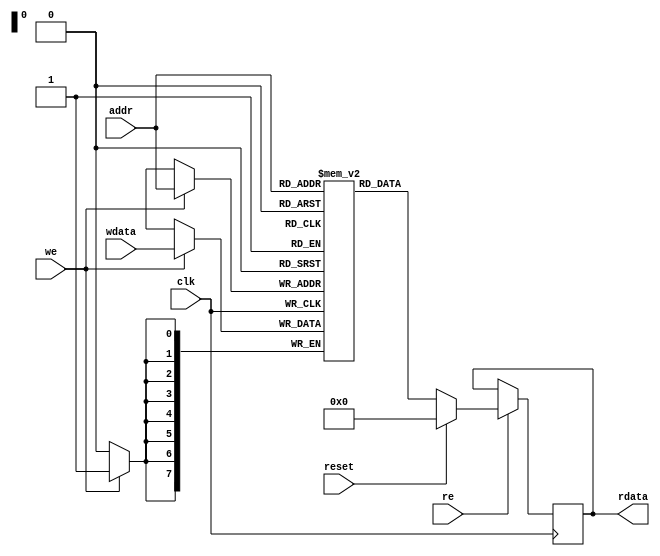
// expect-wr-ports 1
// expect-rd-ports 1
// expect-rd-clk \clk
// expect-rd-en \re
// expect-rd-srst-sig \reset
// expect-rd-srst-val 8'00000000

module top(input clk, input we, re, reset, input [7:0] addr, wdata, output reg [7:0] rdata);

reg [7:0] bram[0:255];
(* keep *) reg dummy;

always @(posedge clk) begin
	rdata <= re ? (reset ? 8'b0 : bram[addr]) : rdata;
	if (we)
		bram[addr] <= wdata;
end

endmodule